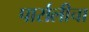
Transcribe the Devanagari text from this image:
पार्सलीचा